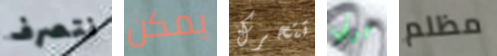
نتصرف يمكن تتحرك ترني مظلم